Annual vaccination report of Bihar and Orissa - 1911-1928
Year: 1911
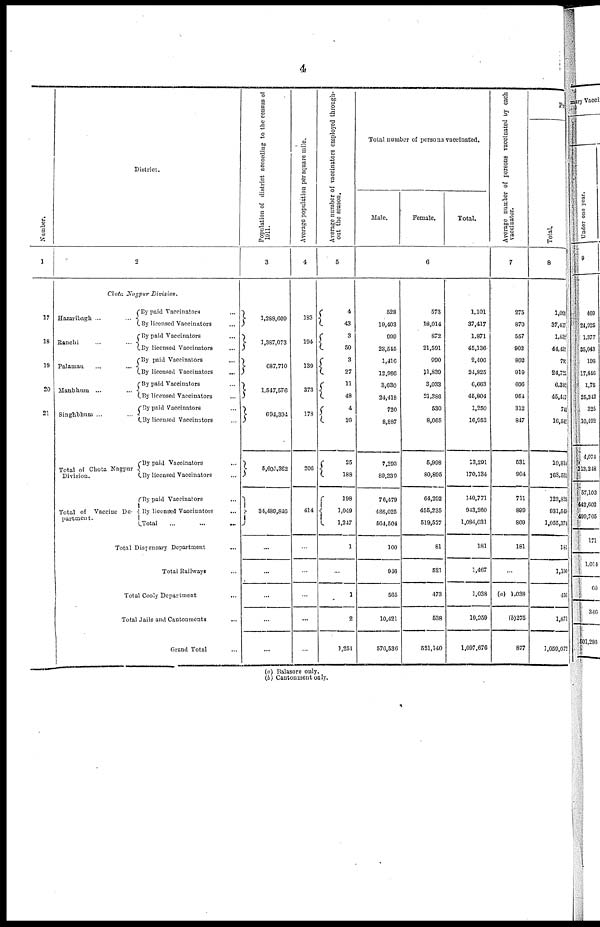
4
Number.
1
17
18
19
20
21
District.
2
Chota Nagpur
Division.
Hazaribagh
...
...
Ranchi
...
...
Palamau
...
...
Manbhum ...
Singhbhum ... ...
Total of Chota Nagpur
Division.
Total of Vaccine De-
partment.
By paid Vaccinator ...
By licensed Vaccinators ...
By paid Vaccinators ...
By licensed Vaccinators ...
By paid Vaccinators ...
By liconsed Vaccinators
...
By paid Vaccinators ...
By licensed Vaccinators ...
By paid Vaccinators ...
By licensed Vaccinators ...
By paid Vaccinators ...
By licensed Vaccinators ...
By paid Vaccinators ...
By licensed Vaccinators ...
Total ... ...
Total Dispensary Department ...
Total Railways ...
Total Cooly Department ...
Total Jails and Cantonments ...
Grand Total ...
Population of district according to the census of
1911.
3
1,288,609
1,387,073
687,710
1,547,576
694,394
5,605,362
34,489,846
...
...
...
...
...
Average population per square mile.
4
183
194
139
373
178
206
414
...
...
...
...
...
Average number of vaccinators employed through-
out the season.
5
4
43
3
50
3
27
11
48
4
20
25
188
198
1,049
1,247
1
...
1
2
1,251
Total number of persons vaccinated.
Male.
Female.
Total.
6
528
19,403
999
23,545
1,416
12,986
3,630
24,418
720
8,887
7,293
89,239
76,479
486,025
564,504
100
946
565
10,421
576,536
573
18,014
872
21,591
990
11,839
3,033
21,386
530
8,065
5,998
80,895
64,292
455,235
519,527
81
521
473
538
521,140
1,101
37,417
1,871
45,136
2,406
24,825
6,663
46,804
1,250
16,952
13,291
170,134
140,771
943,260
1,084,031
181
1,467
1,038
10,959
1,097,676
Average number of persons vaccinated by each
vaccinator.
7
275
870
557
902
802
919
606
954
312
847
531
904
711
899
869
181
...
(a) 1,038
(b)275
877
Pri
Total.
8
1,060
37,417
1,832
44,432
790
24,720
6,382
45,447
742
16,542
10,814
168,561
123,825
931,549
1,055,374
181
1,190
456
1,871
1,059,072
(a) Balasore only.
(b) Cantonment only.